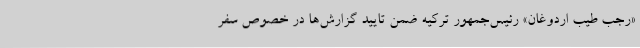
«رجب طیب اردوغان» رئیس‌جمهور ترکیه ضمن تایید گزارش‌ها در خصوص سفر